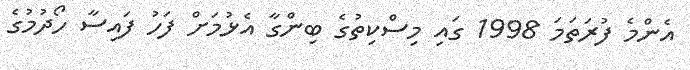
އެންމެ ފުރަތަމަ 1998 ގައި މިސްކިތުގެ ބިންގާ އެޅުމަށް ފަހު ފައިސާ ހޯދުމުގެ